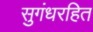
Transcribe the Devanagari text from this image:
सुगंधरहित